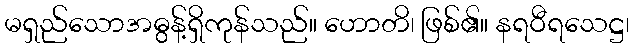
မရှည်သောအဓွန့်ရှိကုန်သည်။ ဟောတိ၊ ဖြစ်၏။ နရဝီရသေဋ္ဌ၊